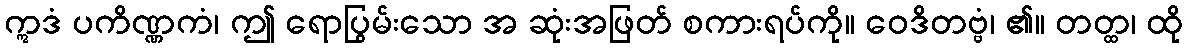
ဣဒံ ပကိဏ္ဏကံ၊ ဤ ရောပြွမ်းသော အ ဆုံးအဖြတ် စကားရပ်ကို။ ဝေဒိတဗ္ဗံ၊ ၏။ တတ္ထ၊ ထို